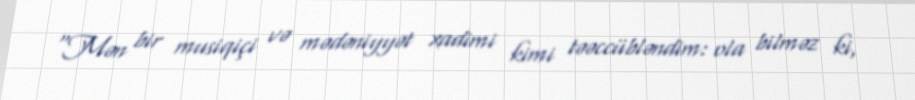
“Mən bir musiqiçi və mədəniyyət xadimi kimi təəccübləndim: ola bilməz ki,